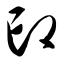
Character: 印